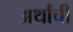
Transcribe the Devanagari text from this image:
अर्थांची